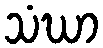
သံဃာ